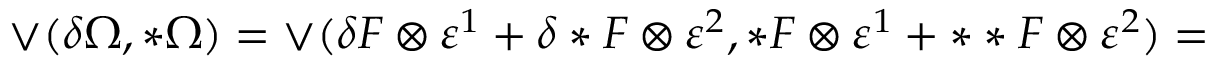
\vee ( \delta \Omega , * \Omega ) = \vee ( \delta F \otimes \varepsilon ^ { 1 } + \delta * F \otimes \varepsilon ^ { 2 } , * F \otimes \varepsilon ^ { 1 } + * * F \otimes \varepsilon ^ { 2 } ) =